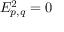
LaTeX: E _ { p , q } ^ { 2 } = 0